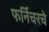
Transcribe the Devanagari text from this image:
फर्निचरचे